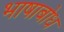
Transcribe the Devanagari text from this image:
भाषाबोध